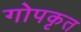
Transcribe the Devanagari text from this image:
गोपकृत